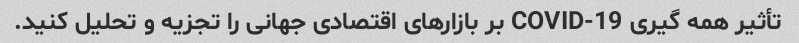
تأثیر همه گیری COVID-19 بر بازارهای اقتصادی جهانی را تجزیه و تحلیل کنید.